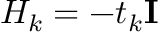
H _ { k } = - t _ { k } \mathbf { I }